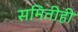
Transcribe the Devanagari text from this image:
समितीही